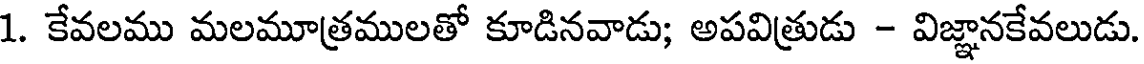
1. కేవలము మలమూత్రములతో కూడినవాడు; అపవిత్రుడు - విజ్ఞానకేవలుడు.